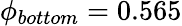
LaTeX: \phi_{bottom}=0.565